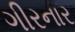
ગીરનાર